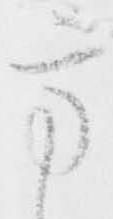
方